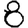
Digit: 8